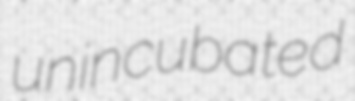
unincubated